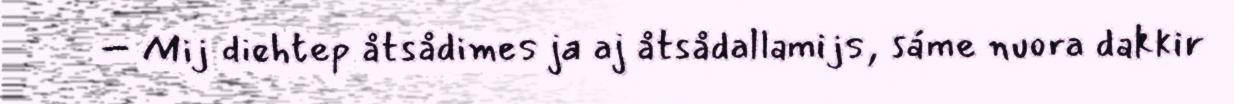
– Mij diehtep åtsådimes ja aj åtsådallamijs, sáme nuora dakkir